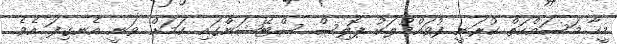
މީހާ މަސައްކަތް ކުރަނީ ފުވައްމުލަކު ޕޮލިސް ސްޓޭޝަންގައި ކަމަށް ވަނީ އެނގިފަ އެވެ.